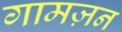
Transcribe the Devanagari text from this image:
गामज़न